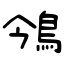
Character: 鳹